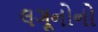
લગૂનોનો